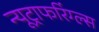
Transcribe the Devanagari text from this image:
न्यूट्राफरिंग्ल्स